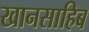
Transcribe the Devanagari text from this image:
खानसाहिब